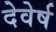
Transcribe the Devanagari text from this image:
देवेर्ष